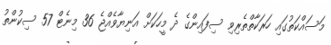
މަސައްކަތުގައި ހަރަކާތްތެރިވި ސިފައިންގެ ދެ މީހަކަށް އަނިޔާވެއްޖެ 36 މިނެޓް 57 ސިކުންތު